Civil Veterinary Department. Madras. Admin. report 1926-33 - 1926-1933
Year: 1926
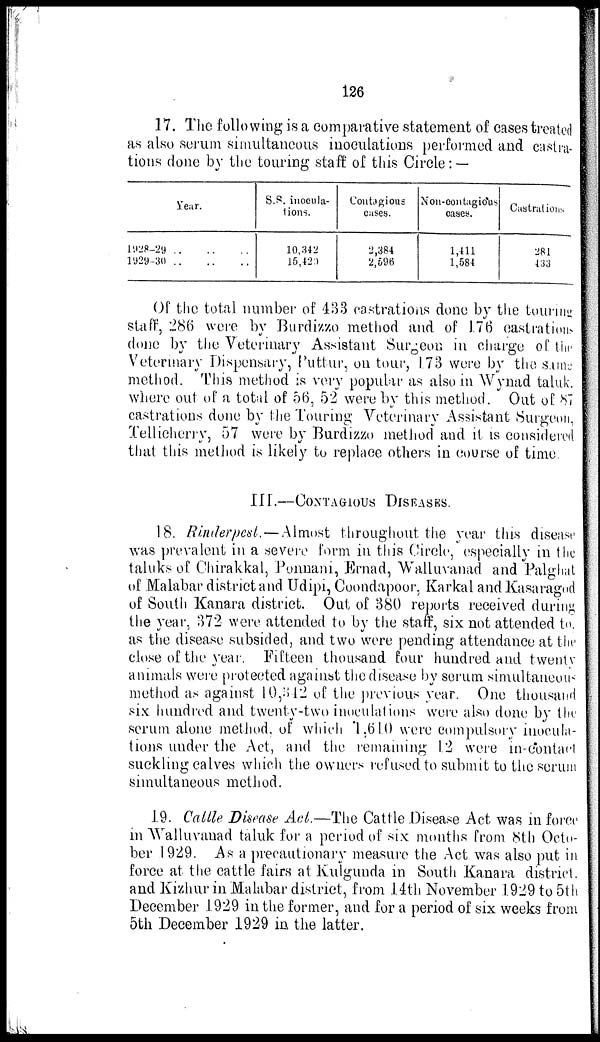
126
17. The following is a comparative statement of cases treated
as also serum simultaneous inoculations performed and castra-
tions done by the touring staff of this Circle: —
Year.
1928-29
..
..
..
1929-30
..
..
..
S.S. inocula-
tions.
10,342
15,420
Contagious
cases.
2,384
2,596
Non-contagious
cases.
1,411
1,584
Castrations
281
433
Of the total number of 433 castrations done by the touring
staff, 286 were by Burdizzo method and of 176 castrations
done by the Veterinary Assistant Surgeon in charge of the
Veterinary Dispensary, Puttur, on tour, 173 were by the same
method. This method is very popular as also in Wynad taluk.
where out of a total of 56, 52 were by this method. Out of 87
castrations done by the Touring Veterinary Assistant Surgeon,
Tellicherry, 57 were by Burdizzo method and it is considered
that this method is likely to replace others in course of time.
III.—CONTAGIOUS DISEASES.
18. Rinderpest.—Almost throughout the year this disease
was prevalent in a severe form in this Circle, especially in the
taluks of Chirakkal, Ponnani, Ernad, Walluvanad and Palghat
of Malabar district and Udipi, Coondapoor, Karkal and Kasaragod
of South Kanara district. Out of 380 reports received during
the year, 372 were attended to by the staff, six not attended to.
as the disease subsided, and two were pending attendance at the
close of the year. Fifteen thousand four hundred and twenty
animals were protected against the disease by serum simultaneous
method as against 10,342 of the previous year. One thousand
six hundred and twenty-two inoculations were also done by the
serum alone method, of which 1,610 were compulsory inocula-
tions under the Act, and the remaining 12 were in-contact
suckling calves which the owners refused to submit to the serum
simultaneous method.
19. Cattle Disease Act.—The Cattle Disease Act was in force
in Walluvanad taluk for a period of six months from 8th Octo-
ber 1929. As a precautionary measure the Act was also put in
force at the cattle fairs at Kulgunda in South Kanara district,
and Kizhur in Malabar district, from 14th November 1929 to 5th
December 1929 in the former, and for a period of six weeks from
5th December 1929 in the latter.